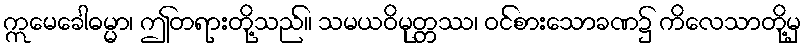
ဣမေခေါဓမ္မာ၊ ဤတရားတို့သည်။ သမယဝိမုတ္တဿ၊ ဝင်စားသောခဏ၌ ကိလေသာတို့မှ